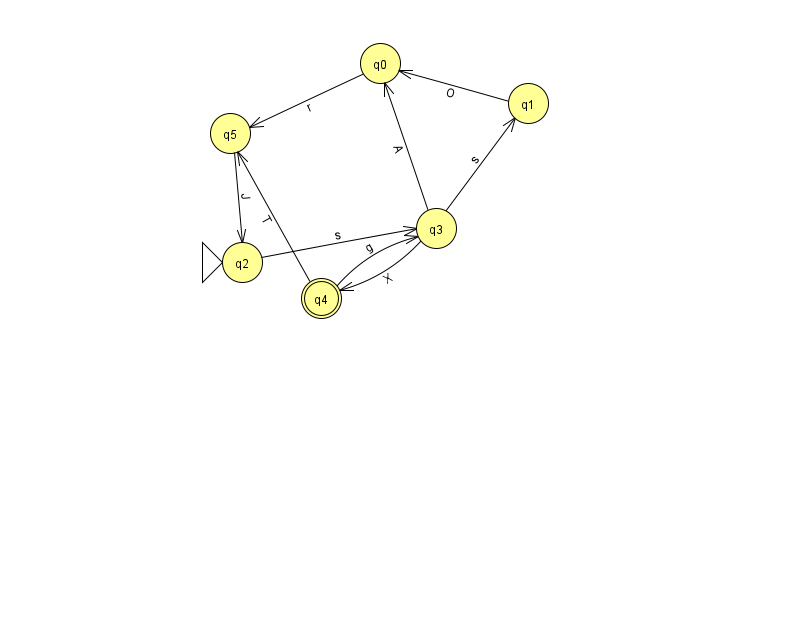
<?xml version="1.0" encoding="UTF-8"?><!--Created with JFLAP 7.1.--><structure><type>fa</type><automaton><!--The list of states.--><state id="0" name="q0"><x>380.0</x><y>50.0</y></state><state id="1" name="q1"><x>528.0</x><y>90.0</y></state><state id="2" name="q2"><x>242.0</x><y>249.0</y><initial/></state><state id="3" name="q3"><x>436.0</x><y>215.0</y></state><state id="4" name="q4"><x>321.0</x><y>285.0</y><final/></state><state id="5" name="q5"><x>230.0</x><y>120.0</y></state><!--The list of transitions.--><transition><from>3</from><to>1</to><read>s</read></transition><transition><from>4</from><to>3</to><read>g</read></transition><transition><from>5</from><to>2</to><read>J</read></transition><transition><from>1</from><to>0</to><read>O</read></transition><transition><from>4</from><to>5</to><read>T</read></transition><transition><from>0</from><to>5</to><read>r</read></transition><transition><from>3</from><to>4</to><read>X</read></transition><transition><from>2</from><to>3</to><read>s</read></transition><transition><from>3</from><to>0</to><read>A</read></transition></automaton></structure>